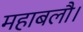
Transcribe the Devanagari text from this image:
महाबलौ।